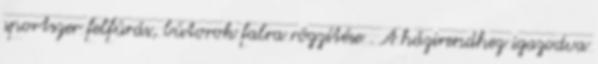
sportszer felfúrás, bútorok falra rögzítése . A házirendhez igazodva